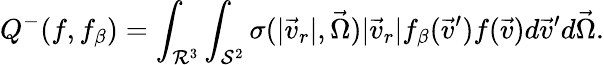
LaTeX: Q^{-}(f,f_{\beta})=\int_{\mathcal{R}^{3}}\int_{\mathcal{S}^{2}}\sigma(|\vec{v}_{r}|,\vec{\Omega})|\vec{v}_{r}|f_{\beta}(\vec{v}^{\prime})f(\vec{v})d\vec{v}^{\prime}d\vec{\Omega}.